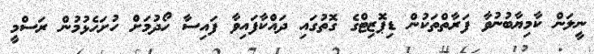
ނީލަން ކާމިޔާބުނުވާ ފަރާތްތަކުން ޑިޕޮޒިޓްގެ ގޮތުގައި ދައްކާފައިވާ ފައިސާ ހޯދުމަށް ހުށަހެޅުމުން ރަސްމީ